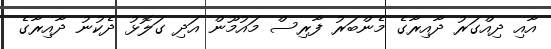
އާއި ދިއްގަރުު ދާއިރާގެ މެންބަރު ފާރިސް މައުމޫން އަދި ގަލޮޅު ދެކުނު ދާއިރާގެ